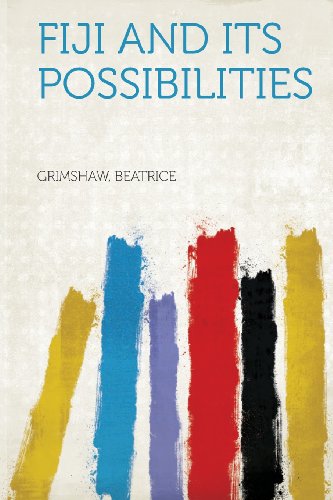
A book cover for Fiji and Its Possibilities; Grimshaw Beatrice; History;